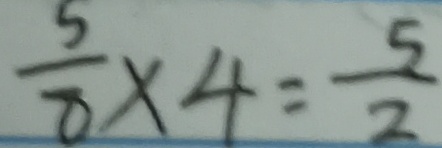
\frac { 5 } { 8 } \times 4 = \frac { 5 } { 2 }